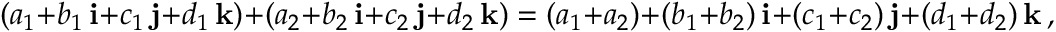
( a _ { 1 } + b _ { 1 } \, \mathbf { i } + c _ { 1 } \, \mathbf { j } + d _ { 1 } \, \mathbf { k } ) + ( a _ { 2 } + b _ { 2 } \, \mathbf { i } + c _ { 2 } \, \mathbf { j } + d _ { 2 } \, \mathbf { k } ) = ( a _ { 1 } + a _ { 2 } ) + ( b _ { 1 } + b _ { 2 } ) \, \mathbf { i } + ( c _ { 1 } + c _ { 2 } ) \, \mathbf { j } + ( d _ { 1 } + d _ { 2 } ) \, \mathbf { k } \, ,